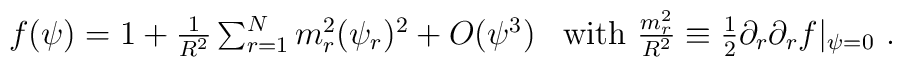
\begin{array}{ll}  f(\psi)=1+\frac{1}{R^{2}} \sum_{r=1}^{N}m_{r}^{2} (\psi_{r})^2         +O(\psi^3) &  \mbox{with $ \frac{m_{r}^{2}}{R^{2}} \equiv         \frac{1}{2} \partial_{r} \partial_{r} f |_{\psi =0}$ }.\end{array}